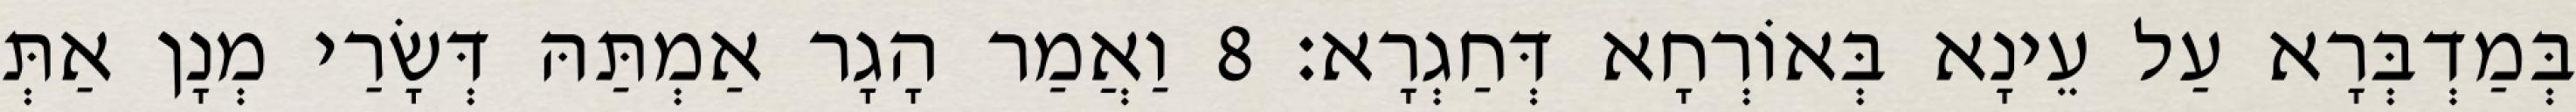
בְּמַדְבְּרָא עַל עֵינָא בְּאוֹרְחָא דְּחַגְרָא׃ 8 וַאֲמַר הָגָר אַמְתַּהּ דְּשָׂרַי מְנָן אַתְּ